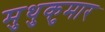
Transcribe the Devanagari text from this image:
मुथुकुमार